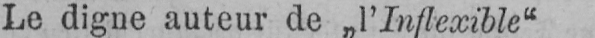
Le digne auteur de „l’Inflexible“